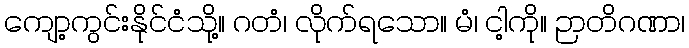
ကျော့ကွင်းနိုင်ငံသို့။ ဂတံ၊ လိုက်ရသော။ မံ၊ ငါ့ကို။ ဉာတိဂဏာ၊